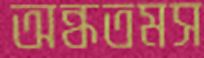
অন্ধতমস